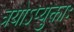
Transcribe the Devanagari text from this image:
त्रयोऽप्युक्ताः